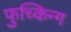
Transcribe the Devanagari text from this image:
फुच्किन्ग